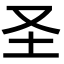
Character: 圣